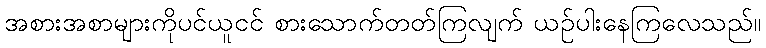
အစားအစာများကိုပင်ယူငင် စားသောက်တတ်ကြလျက် ယဉ်ပါးနေကြလေသည်။